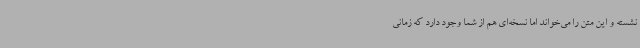
نشسته و این متن را می‌خواند اما نسخه‌ای هم از شما وجود دارد که زمانی